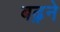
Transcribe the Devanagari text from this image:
बढ़़ने